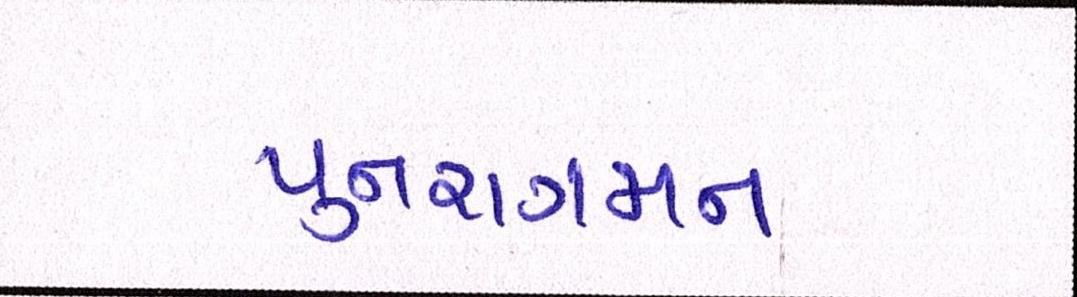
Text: પુનરાગમન